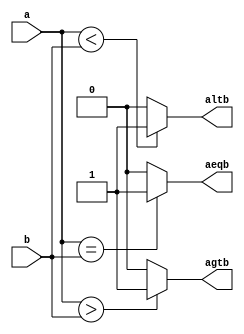
`timescale 1ns / 1ps

module df_comp(a,b,altb,agtb,aeqb);

input[3:0] a,b;
output altb,agtb,aeqb;

assign altb=(a<b)?1:0;
assign aeqb=(a==b)?1:0;
assign agtb=(a>b)?1:0;


endmodule